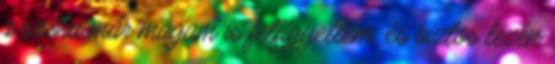
a szóra már magam is felfigyeltem, és biztos lévén